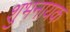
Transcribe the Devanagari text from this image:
शुभनायक